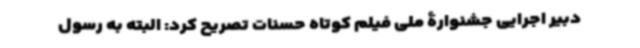
دبیر اجرایی جشنوارۀ ملی فیلم کوتاه حسنات تصریح کرد: البته به رسول